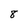
Character: 8